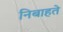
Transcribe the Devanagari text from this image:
निबाहते